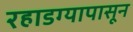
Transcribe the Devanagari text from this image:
रहाडग्यापासून